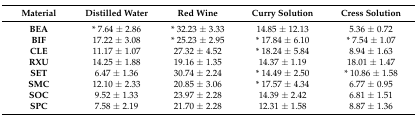
| Material | Distilled Water | Red Wine | Curry Solution | Cress Solution |
 | --- | --- | --- | --- | --- |
 | BEA | * 7.64 ± 2.86 | * 32.23 ± 3.33 | 14.85 ± 12.13 | 5.36 ± 0.72 |
 | BIF | 17.22 ± 3.08 | * 25.23 ± 2.95 | * 17.84 ± 6.10 | * 7.54 ± 1.07 |
 | CLE | 11.17 ± 1.07 | 27.32 ± 4.52 | * 18.24 ± 5.84 | 8.94 ± 1.63 |
 | RXU | 14.25 ± 1.88 | 19.16 ± 1.35 | 14.37 ± 1.19 | 18.01 ± 1.47 |
 | SET | 6.47 ± 1.36 | 30.74 ± 2.24 | * 14.49 ± 2.50 | * 10.86 ± 1.58 |
 | SMC | 12.10 ± 2.33 | 20.85 ± 3.06 | * 17.57 ± 4.34 | 6.77 ± 0.95 |
 | SOC | 9.52 ± 1.33 | 23.97 ± 2.28 | 14.39 ± 2.42 | 6.81 ± 1.51 |
 | SPC | 7.58 ± 2.19 | 21.70 ± 2.28 | 12.31 ± 1.58 | 8.87 ± 1.36 |